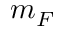
m _ { F }